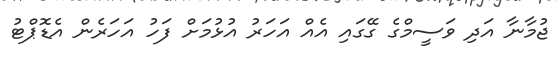
ޖުމާނާ އަދި ވަސީމްގެ ގޭގައި އެއް އަހަރު އުޅުމަށް ފަހު އަހަރެން އެޑޮޕްޓު